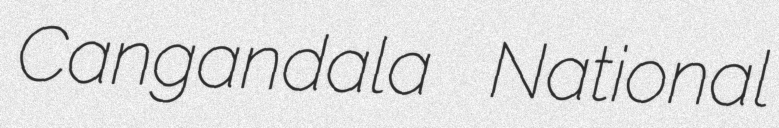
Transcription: Cangandala National